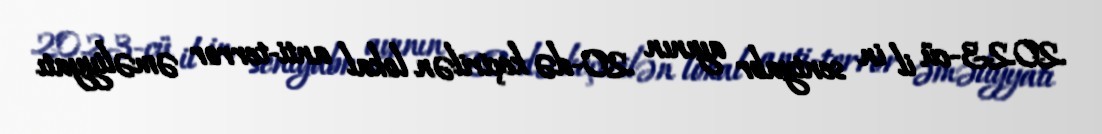
2023-cü il in sentyabr ayının 20-də keçirilən lokal anti-terror əməliyyatı